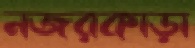
নজরকাড়া